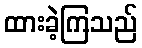
ထားခဲ့ကြသည်